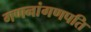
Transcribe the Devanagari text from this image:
गणनांगणपति